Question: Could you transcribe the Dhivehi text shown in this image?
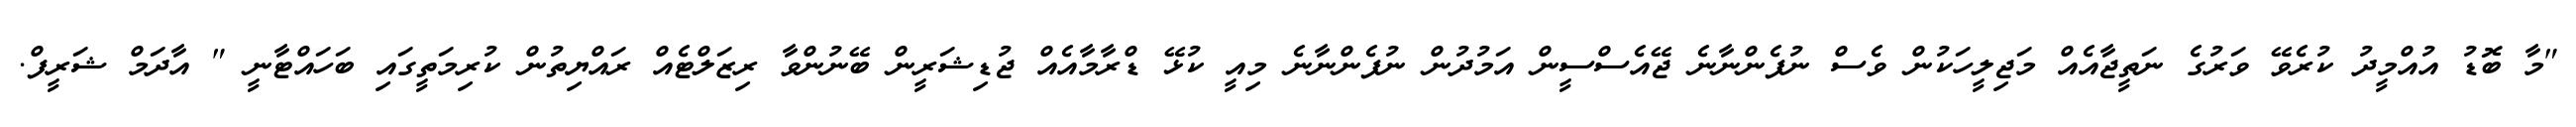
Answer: "މާ ބޮޑު އުއްމީދު ކުރެވޭ ވަރުގެ ނަތީޖާއެއް މަޖިލީހަކުން ވެސް ނުފެންނާނެ ޖޭއެސްސީން އަމުދުން ނުފެންނާނެ މިއީ ކުޅޭ ޑްރާމާއެއް ޖުޑިޝަރީން ބޭނުންވާ ރިޒަލްޓެއް ރައްޔިތުން ކުރިމަތީގައި ބަހައްޓާނީ " އާދަމް ޝަރީފް.